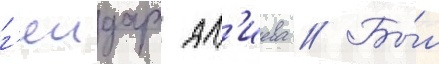
г'еидара ал'иева // Бы́л